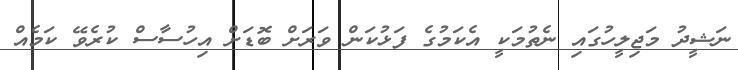
ނަޝީދު މަޖިލީހުގައި ނެތުމަކީ އެކަމުގެ ފަޅުކަން ވަރަށް ބޮޑަށް އިހުސާސް ކުރެވޭ ކަމެއް